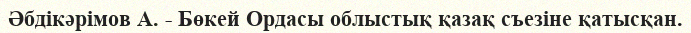
Әбдікәрімов А. - Бөкей Ордасы облыстық қазақ съезіне қатысқан.